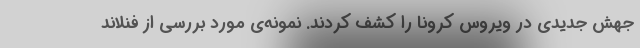
جهش جدیدی در ویروس کرونا را کشف کردند. نمونه‌ی مورد بررسی از فنلاند